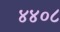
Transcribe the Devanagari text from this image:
४४०८